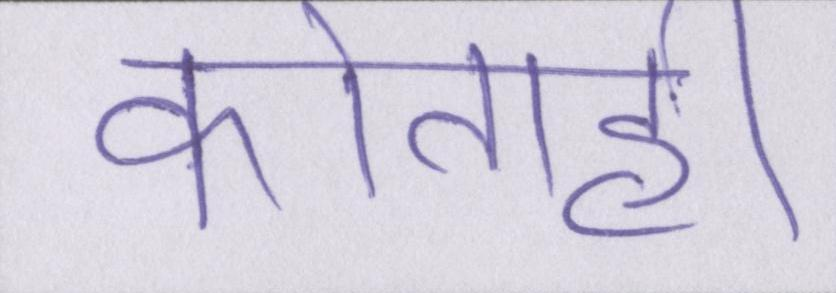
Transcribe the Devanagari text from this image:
कोताही